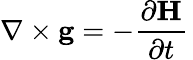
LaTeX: \nabla\times\mathbf{g}=-{\frac{\partial\mathbf{H}}{\partial t}}\,